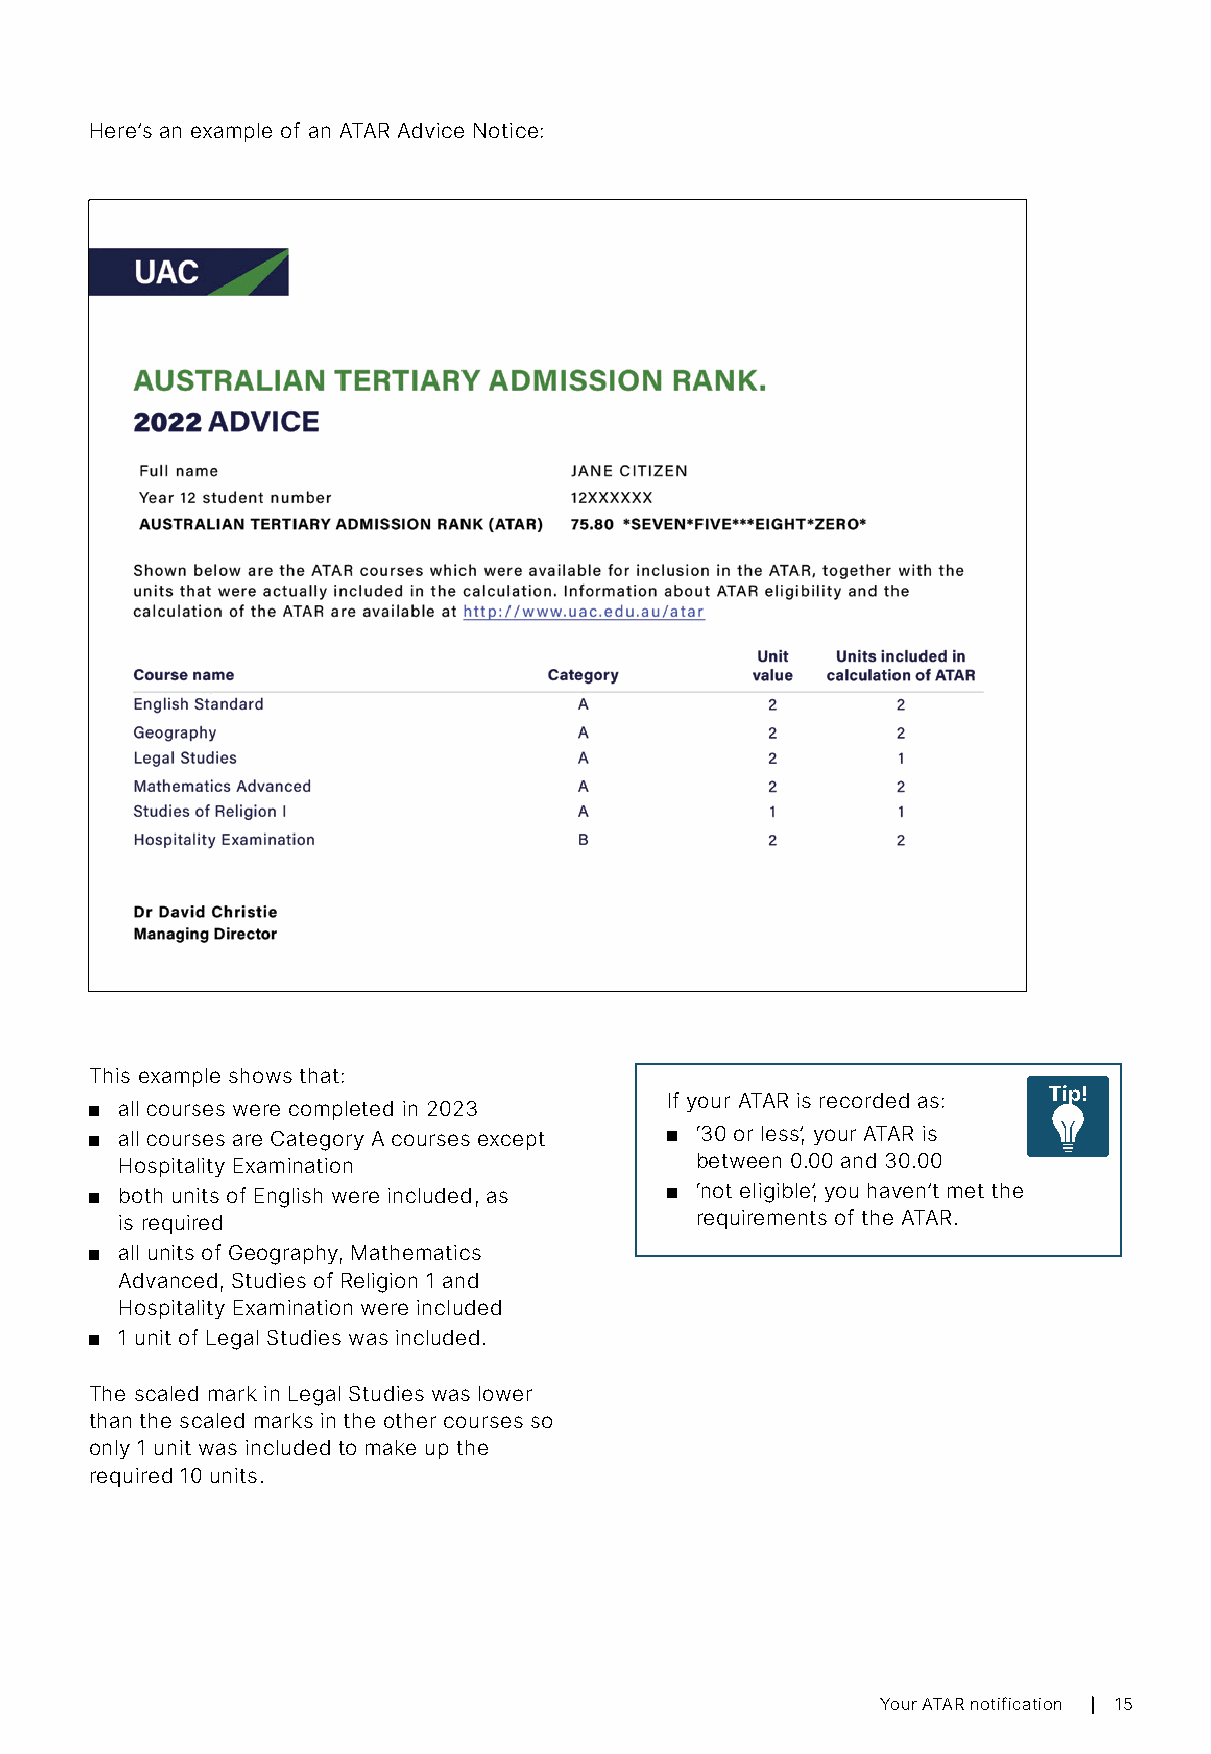
Here’s an example of an ATAR Advice Notice:
 This example shows that:
 Tip!
 If your ATAR is recorded as:
 ■ all courses were completed in 2023
 ■ all courses are Category A courses except ■ ‘30 or less’, your ATAR is
 Hospitality Examination               between 0.00 and 30.00
 ■ both units of English were included, as ■ ‘not eligible’, you haven’t met the
 is required                           requirements of the ATAR.
 ■ all units of Geography, Mathematics
 Advanced, Studies of Religion 1 and
 Hospitality Examination were included
 ■ 1 unit of Legal Studies was included.
 The scaled mark in Legal Studies was lower
 than the scaled marks in the other courses so
 only 1 unit was included to make up the
 required 10 units.
 Your ATAR notification 15